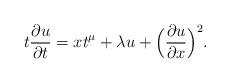
LaTeX: \begin{align*} t \frac{\partial u}{\partial t} = x t^{\mu} + \lambda u + \Bigl( \frac{\partial u}{\partial x} \Bigr)^2.\end{align*}